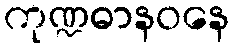
ကုဏ္ဍဓာနဝနေ